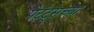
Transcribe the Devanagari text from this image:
पेटंट्सच्या